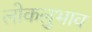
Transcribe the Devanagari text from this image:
लोकलुभाव